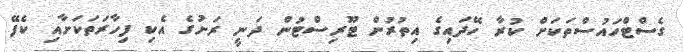
ގެސްޓްހައުސްތަކަށް ކުރާ ހޭދައިގެ އިތުރުން ޓޫރިސްޓުން ދަނީ ރަށުގެ އެކި ފިހާރަތަކަށާއި ކެފޭ